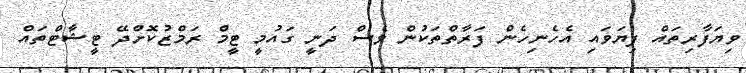
ވިޔަފާރިތައް ފިޔަވައި އެހެނިހެން ފަރާތްތަކުން ވެސް ދަނީ ގައުމީ ޓީމް ރަމްޒުކޮށްދޭ ޓީޝާޓްތައް